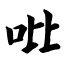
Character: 吡